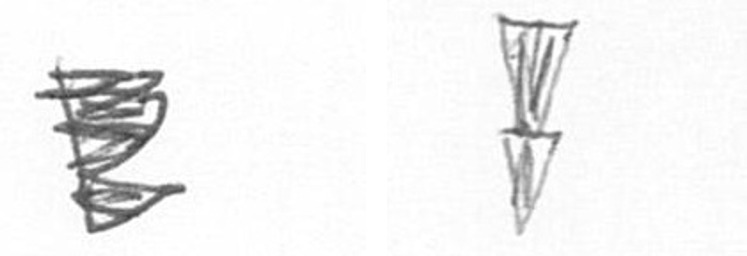
H Z